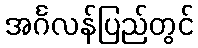
အင်္ဂလန်ပြည်တွင်